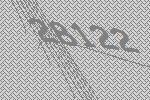
28122